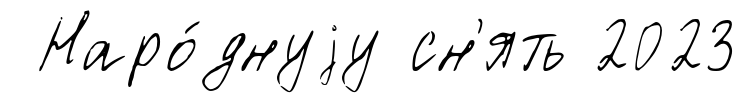
Наро́днуjу сн'ять 2023